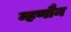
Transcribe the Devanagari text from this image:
म्हणौन